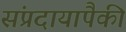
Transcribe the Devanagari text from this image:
संप्रदायापैकी